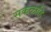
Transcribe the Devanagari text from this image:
सकळाहि